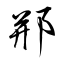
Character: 郱